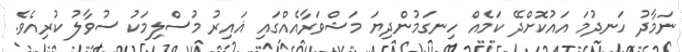
ނަމާދު ހަނދުމަ އައުކޮށްދޭ ކަމެއް ހިނގަމުންދިޔަ މަޝްވަރާއެއްގައި ޣައިރު މުސްލިމަކު ސުވާލު ކުރިއެވެ.